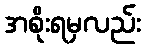
အစိုးရမှလည်း